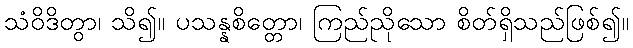
သံဝိဒိတွာ၊ သိ၍။ ပသန္နစိတ္တော၊ ကြည်ညိုသော စိတ်ရှိသည်ဖြစ်၍။